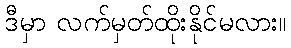
ဒီမှာ လက်မှတ်ထိုးနိုင်မလား။